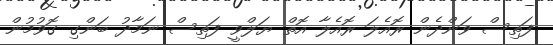
ފަތިސް ވަންދެން ރޮއެލަ ރޮއެލާ އޮތް ޔަލްވީ ފަތިސް ނަމާދު ބަންގި ގޮވުމުން